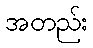
အတည်း